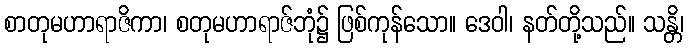
စာတုမဟာရာဇိကာ၊ စတုမဟာရာဇ်ဘုံ၌ ဖြစ်ကုန်သော။ ဒေဝါ၊ နတ်တို့သည်။ သန္တိ၊